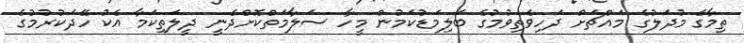
ތިމާގެ މުދަލުގެ މައްޗަށް ދަހިވެތިވުމުގެ ބަލިމަޑުކަމުން މީހާ ސަލާމަތްކޮށްދެނީ ދީލަތިކަމާ އެކު ހޭދަކުރުމުގެ